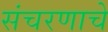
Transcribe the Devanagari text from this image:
संचरणाचे